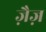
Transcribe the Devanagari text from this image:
ज़ैज़